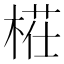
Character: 𣖝